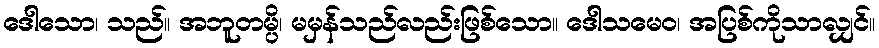
ဒေါသော၊ သည်။ အဘူတမ္ပိ၊ မမှန်သည်လည်းဖြစ်သော။ ဒေါသမေဝ၊ အပြစ်ကိုသာလျှင်။